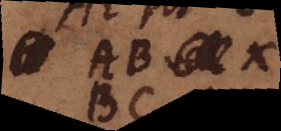
AB x